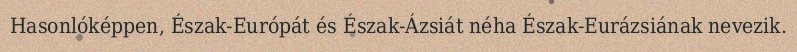
Hasonlóképpen, Észak-Európát és Észak-Ázsiát néha Észak-Eurázsiának nevezik.